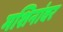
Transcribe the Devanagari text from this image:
मशिनांवर